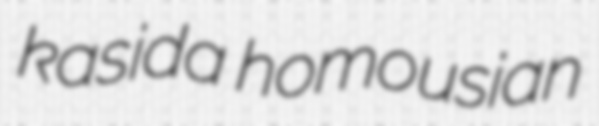
kasida homousian